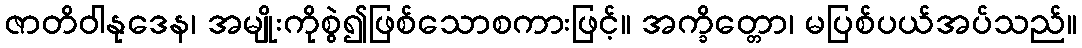
ဇာတိဝါနုဒေန၊ အမျိုးကိုစွဲ၍ဖြစ်သောစကားဖြင့်။ အက္ခိတ္တော၊ မပြစ်ပယ်အပ်သည်။